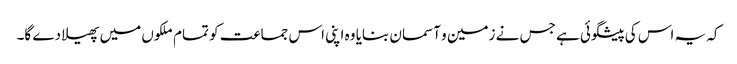
کہ یہ اس کی پیشگوئی ہے جس نے زمین و آسمان بنایا وہ اپنی اس جماعت کو تمام ملکوں میں پھیلا دے گا۔